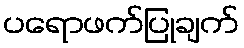
ပရောဖက်ပြုချက်